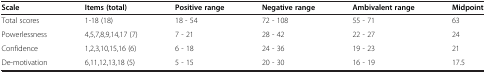
<table><thead><tr><td><b>Scale</b></td><td><b>Items (total)</b></td><td><b>Positive range</b></td><td><b>Negative range</b></td><td><b>Ambivalent range</b></td><td><b>Midpoint</b></td></tr></thead><tbody><tr><td>Total scores</td><td>1-18 (18)</td><td>18 - 54</td><td>72 - 108</td><td>55 - 71</td><td>63</td></tr><tr><td>Powerlessness</td><td>4,5,7,8,9,14,17 (7)</td><td>7 - 21</td><td>28 - 42</td><td>22 - 27</td><td>24</td></tr><tr><td>Confidence</td><td>1,2,3,10,15,16 (6)</td><td>6 - 18</td><td>24 - 36</td><td>19 - 23</td><td>21</td></tr><tr><td>De-motivation</td><td>6,11,12,13,18 (5)</td><td>5 - 15</td><td>20 - 30</td><td>16 - 19</td><td>17.5</td></tr></tbody></table>